Vaccination in Bombay 1874-1876 - 1874-1876
Year: 1874
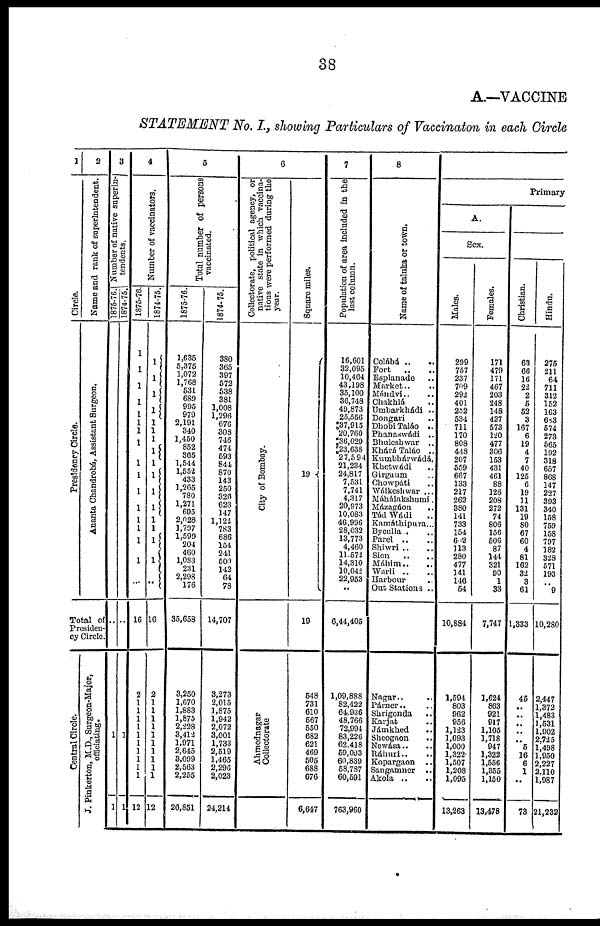
38
A.—VACCINE
STATEMENT No. I., showing Particulars of Vaccinaton in each Circle
1
Circle.
Presidency Circle.
2
Name and rank of superintendent.
Ananta Chandrobá, Assistant Surgeon.
Total of
Presiden-
cy Circle.
Central Circle.
J. Pinkerton, M.D., Surgeon-Major,
officiating.
3
Number of native superin-
tendents.
1875-78.
..
1
1
1874-75.
..
1
1
4
Number of vaccinators.
1875-76.
1
1
1
1
1
1
1
1
1
1
1
1
1
1 1
1
...
16
2
1
1
1
1
1
1
1
1
1
1
12
1874-75.
1
1
1
1
1
1
1
1
1
1
1
1
1
1
1
1
..
16
2
1
1
1
1
1
1
1
1
1
1
12
5
Total number of persons
vaccinated.
1875-76.
1,635
5,375
1,072
1,768
531
689
995
979
2,191
340
1,450
852
365
1,544
1,552
433
1,265
780
1,271
695
2,028
1,797
1,599
204
460
1,083 231
2,298 176
35,658
3,250
1,670
1,883
1,875 2,228
3,412
1,971
2,645
3,099 2,563
2,255
20,851
1874-75.
380
365
397
572
538
381
1,008
1,296
676
308
746
474
593
844
870
143 250
320
623
147
1,122
783
686
154
241
500
142
64
78
14,707
3,273
2,015
1,875
1,942 2,072
3,001
1,733
2,519 1,465
2,296
2,023
24,214
6
Collectorate, political agency, or
native state in which vaccina-
tions were performed during the
year.
City of Bombay.
Ahmednagar
Collectorate
Square miles.
19
19
548
731
610
567
550
682
621
469
505
688
676
6,647
7
Population of area included in the
last column.
16,601
32,095
10,464
43,198
35,100
36,748
49,873
25,556
37,915
20,760
36,029
23,638
27,594
21,234
24,817
7,531
7,741
4,317
20,973
10,083
46,996
28,032
13,773
4,460
11,572
14,310
10,042
22,953
..
6,44,405
1,09,888
82,422
64,936
48,766
72,994
83,226
62,418
59,093
60,839
58,787
60,591
763,960
8
Name of taluka or town.
Colábá .. ..
Fort
.. ..
Esplanade .. ..
Market .. ..
Mándví .. ..
Chakhlá ..
Umbarkhádi ..
Dongari ..
Dhobi Taláo ..
Phanaswádi ..
Bhuleshwar ..
Khárá Taláo ..
Kumbhárwádá.
Khetwádi ..
Girgaum ..
Chowpáti ..
Wálkeshwar ...
Máhálakshumi .
Mázagáon ..
Tád Wádi ..
Kamáthipura...
Byculla .. ..
Parel .. ..
Shiwri .. ..
Sion .. ..
Máhim .. ..
Warli .. ..
Harbour ..
Out Stations ..
Nagar .. ..
Párner .. ..
Shrigonda ..
Karjat ..
Jámkhed ..
Sheogaon ..
Newása .. ..
Ráhuri
..
..
Kopargaon
..
Sangamner ..
Akola .. ..
Primary
A.
Sex.
Males.
299
757
237
709
292
401
232
534
711
170
808
448
207
559
667
133
217
262
380
141
733
154
642
113
280
477
141
146
54
10,884
1,594
803
962
956
1,123
1,693
1,000
1,322
1,507
1,208
1,095
13,263
Females.
171
479
171
467
203
248
148
427
573
120
477
306
153
431
461
88
126
208
272
74
806
156
506
87
144
321
90
1
33
7,747
1,624
863
921
917
1,105
1,718
947
1,322
1,556
1,355
1,150
13,478
Christian.
63
66
16
22
2
5
52
3
167
6
19
4
7
40
125
6
19
11
131
19
80
67
60
4
81
162
32
3
61
1,333
45
..
..
..
..
.. 5
16
6
1
..
73
Hindu.
275
211
64
711
312
152
163
683
574
273
565
192
318
657
868
147
227
393
340
158
759
158
797
182
328
571
193
..
9
10,280
2,447
1,372
1,483
1,531
1,902
2,725
1,498
1,950
2,227
2,110
1,987
21,232